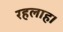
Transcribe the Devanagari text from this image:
रहलाह।